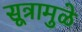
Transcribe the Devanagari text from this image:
सूत्रामुळे